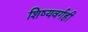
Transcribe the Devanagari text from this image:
शिष्यवर्गही